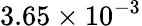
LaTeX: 3.65\times 10^{-3}